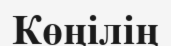
Көңілің